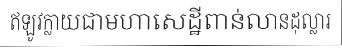
ឥឡូវក្លាយជាមហាសេដ្ឋីពាន់លានដុល្លារ